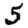
Digit: 5